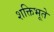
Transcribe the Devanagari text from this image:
शक्तिभूते